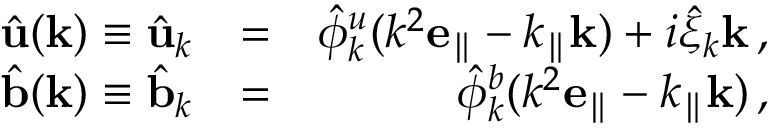
\begin{array} { r l r } { \hat { \bf u } ( { \bf k } ) \equiv \hat { \bf u } _ { k } } & { = } & { \hat { \phi } _ { k } ^ { u } ( k ^ { 2 } { \bf e _ { \parallel } } - k _ { \parallel } { \bf k } ) + i \hat { \xi } _ { k } { \bf k } \, , } \\ { \hat { \bf b } ( { \bf k } ) \equiv \hat { \bf b } _ { k } } & { = } & { \hat { \phi } _ { k } ^ { b } ( k ^ { 2 } { \bf e _ { \parallel } } - k _ { \parallel } { \bf k } ) \, , } \end{array}